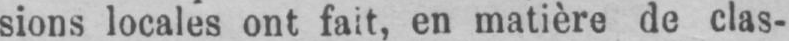
sions locales ont fait, en matière de clas-